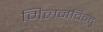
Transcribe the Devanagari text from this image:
मिलनविन्दु